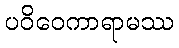
ပဝိဝေကာရာမဿ